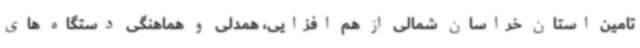
تامین استان خراسان شمالی از هم افزایی، همدلی و هماهنگی دستگاه های